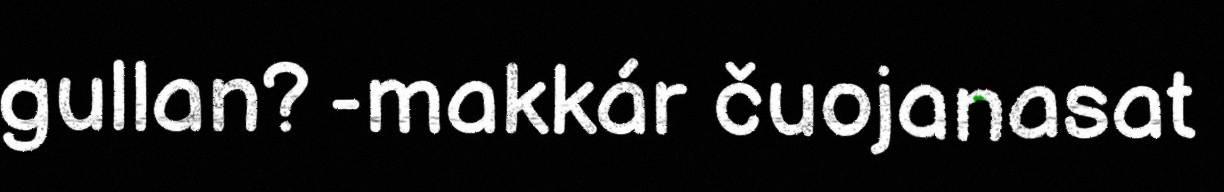
gullan? -makkár čuojanasat